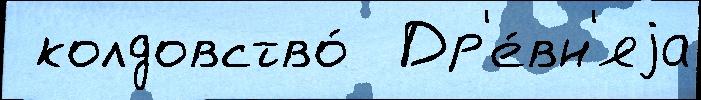
 колдовство́  Др'е́вн'яjа